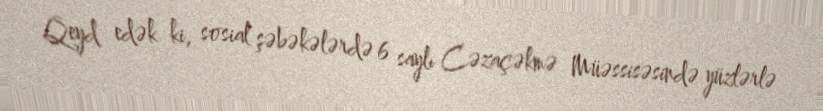
Qeyd edək ki, sosial şəbəkələrdə 6 saylı Cəzaçəkmə Müəssisəsində yüzlərlə